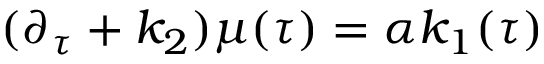
( \partial _ { \tau } + k _ { 2 } ) \mu ( \tau ) = \alpha k _ { 1 } ( \tau )